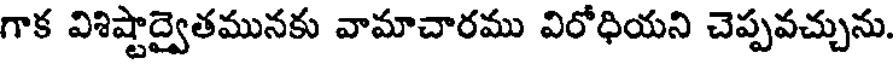
గాక విశిష్టాద్వైతమునకు వామాచారము విరోధియని చెప్పవచ్చును.